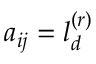
a _ { i j } = l _ { d } ^ { ( r ) }